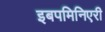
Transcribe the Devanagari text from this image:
इबपमिनिएरी